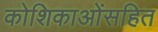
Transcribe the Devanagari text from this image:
कोशिकाओंसहित